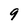
Character: 9